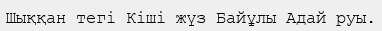
Шыққан тегі Кіші жүз Байұлы Адай руы.